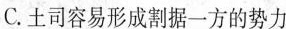
C.土司容易形成割据一方的势力